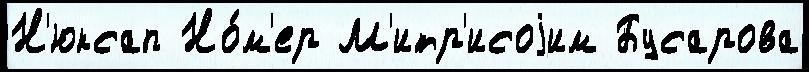
Н'юксап Но́м'ер М'итр'исоjим Бусарова